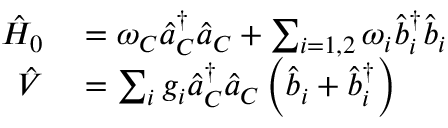
\begin{array} { r l } { \hat { H } _ { 0 } } & { { } = \omega _ { C } \hat { a } _ { C } ^ { \dagger } \hat { a } _ { C } + \sum _ { i = 1 , 2 } \omega _ { i } \hat { b } _ { i } ^ { \dagger } \hat { b } _ { i } } \\ { \hat { V } } & { { } = \sum _ { i } g _ { i } \hat { a } _ { C } ^ { \dagger } \hat { a } _ { C } \left( \hat { b } _ { i } + \hat { b } _ { i } ^ { \dagger } \right) } \end{array}